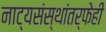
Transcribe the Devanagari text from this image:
नाट्यसंस्थांतर्फेही